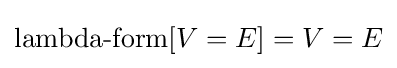
\operatorname {lambda-form} [V=E]=V=E